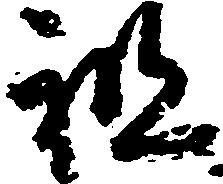
祖